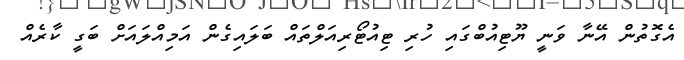
އެގޮތުން އޭނާ ވަނީ ޔޫޓިއުބްގައި ހުރި ޓިއުޓޯރިއަލްތައް ބަލައިގެން އަމިއްލައަށް ބަގީ ކާރެއް